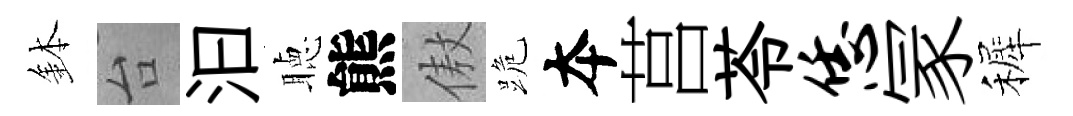
鉢台汩聴熊傲跪夲莒苓恁冡裤